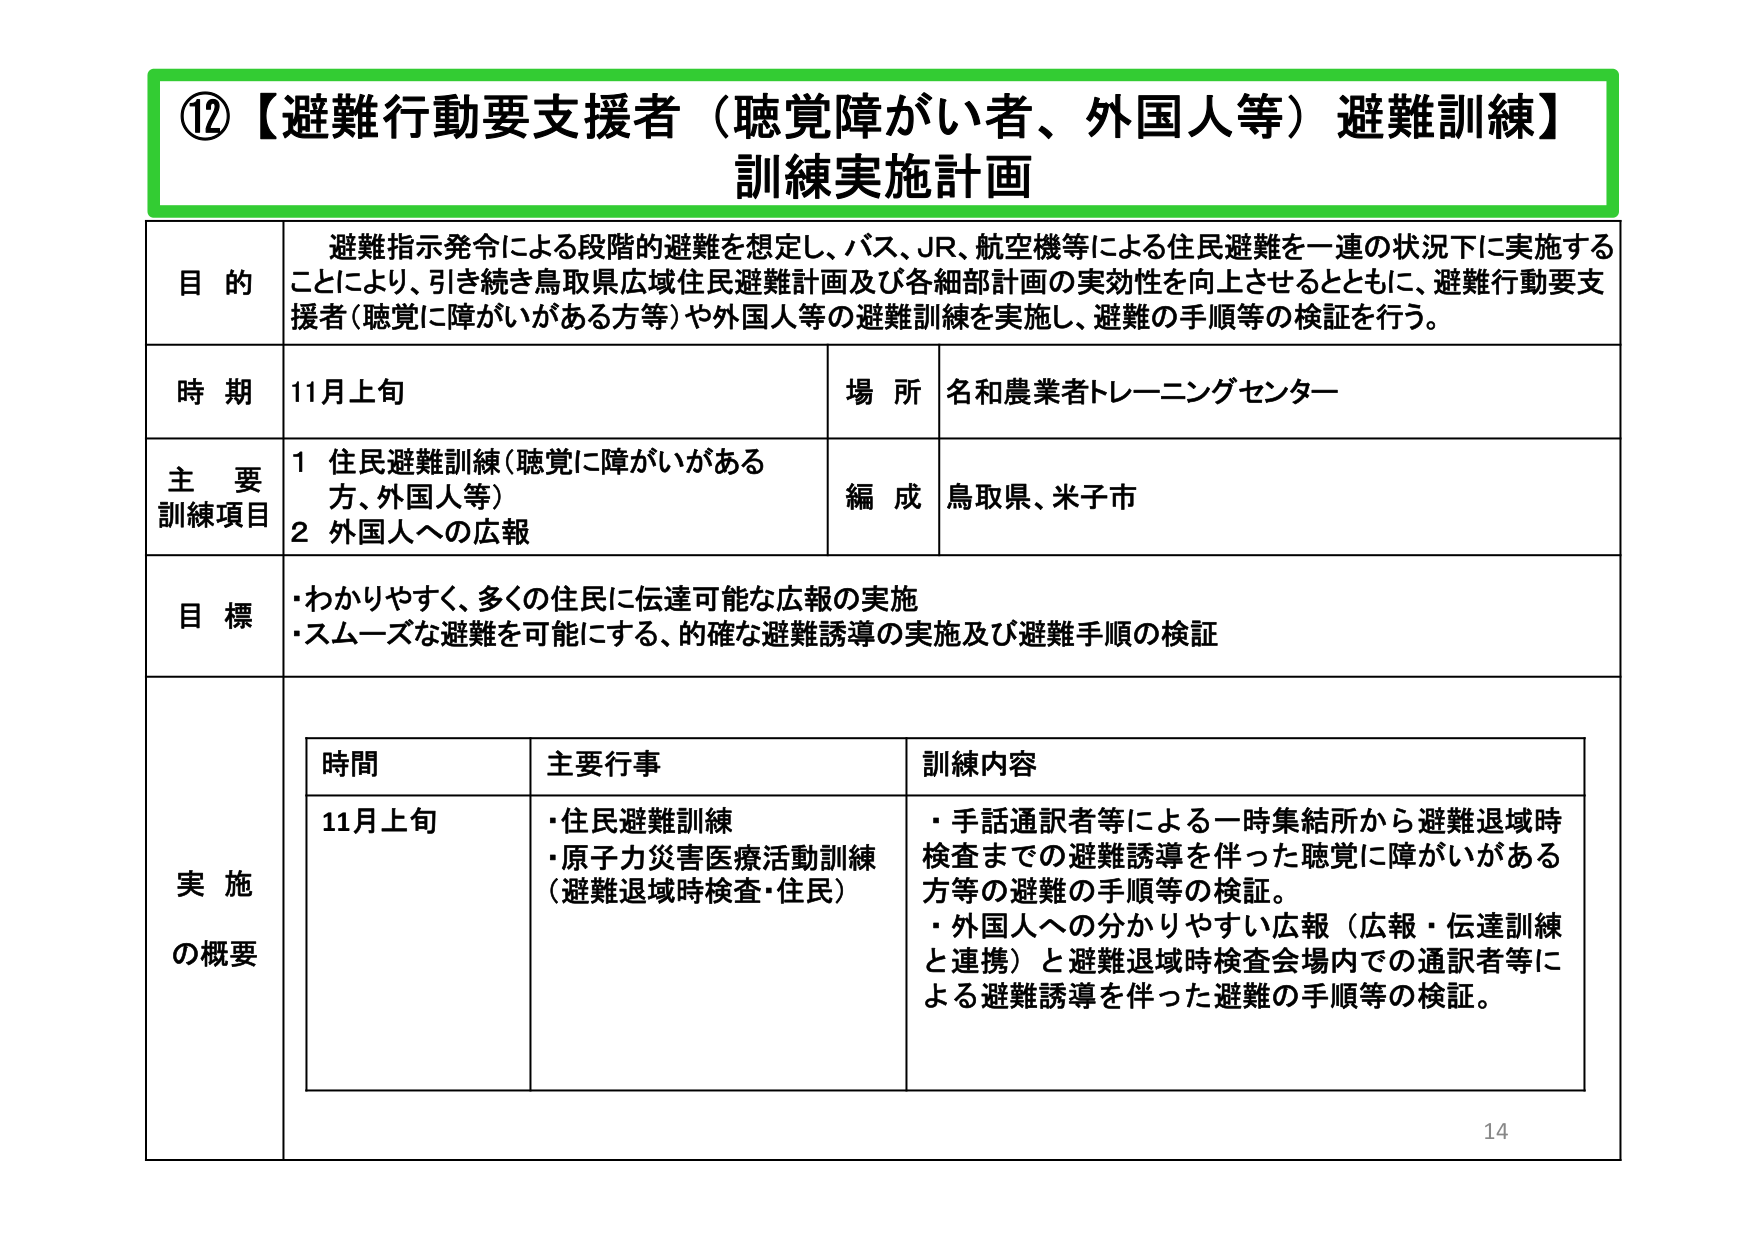
⑫【避難行動要支援者（聴覚障がい者、外国人等）避難訓練】
訓練実施計画

目的
避難指示発令による段階的避難を想定し、バス、JR、航空機等による住民避難を一連の状況下に実施することにより、引き続き鳥取県広域住民避難計画及び各細部計画の実効性を向上させるとともに、避難行動要支援者（聴覚に障がいがある方等）や外国人等の避難訓練を実施し、避難の手順等の検証を行う。

時期
11月上旬

場所
名和農業者トレーニングセンター

主要訓練項目
1 住民避難訓練（聴覚に障がいがある方、外国人等）
2 外国人への広報

編成
鳥取県、米子市

目標
・わかりやすく、多くの住民に伝達可能な広報の実施
・スムーズな避難を可能にする、的確な避難誘導の実施及び避難手順の検証

実施の概要

時間　主要行事　訓練内容
11月上旬
・住民避難訓練
・原子力災害医療活動訓練（避難退域時検査・住民）
・手話通訳者等による一時集結所から避難退域時検査までの避難誘導を伴った聴覚に障がいがある方等の避難の手順等の検証。
・外国人への分かりやすい広報（広報・伝達訓練と連携）と避難退域時検査会場内での通訳者等による避難誘導を伴った避難の手順等の検証。

14